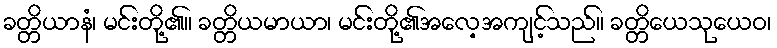
ခတ္တိယာနံ၊ မင်းတို့၏။ ခတ္တိယမာယာ၊ မင်းတို့၏အလေ့အကျင့်သည်။ ခတ္တိယေသုယေဝ၊